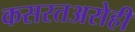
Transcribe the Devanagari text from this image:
कसरतअसेही